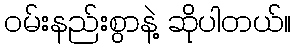
ဝမ်းနည်းစွာနဲ့ ဆိုပါတယ်။